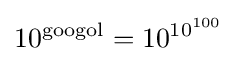
10^{\text{googol}}=10^{10^{100}}